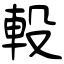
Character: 軗